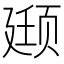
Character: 颋